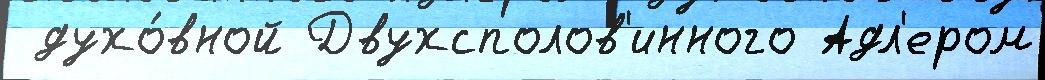
 духо́вной Двухсполов'инного Адл'ером